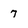
Character: 7